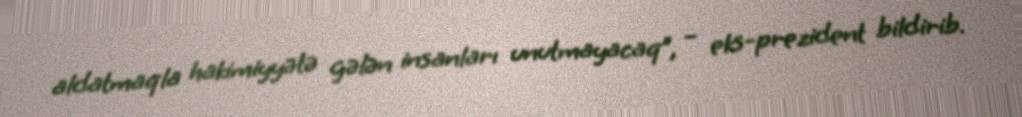
aldatmaqla hakimiyyətə gələn insanları unutmayacaq”, – eks-prezident bildirib.